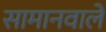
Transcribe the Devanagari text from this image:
सामानवाले